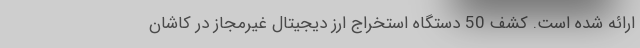
ارائه شده است. کشف 50 دستگاه استخراج ارز دیجیتال غیرمجاز در کاشان